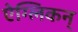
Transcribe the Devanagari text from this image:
ऐग्लिकन्